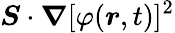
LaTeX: \boldsymbol{S}\cdot\boldsymbol{\nabla}[\varphi(\boldsymbol{r},t)]^{2}